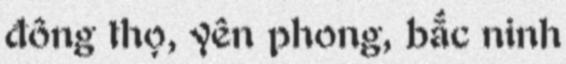
đông thọ, yên phong, bắc ninh